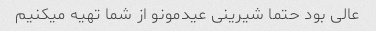
عالی بود حتما شیرینی عیدمونو از شما تهیه میکنیم